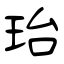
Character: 珆